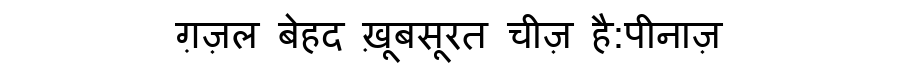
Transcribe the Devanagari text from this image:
ग़ज़ल बेहद ख़ूबसूरत चीज़ है:पीनाज़